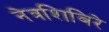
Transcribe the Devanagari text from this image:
नेत्रशिबिरे